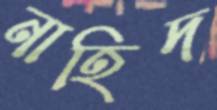
নাহিদ